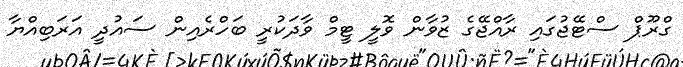
ގްރޫޕް ސްޓޭޖުގައި ރާއްޖޭގެ ޒުވާން ވޮލީ ޓީމް ވާދަކުރީ ބަހްރެއިން ސައުދީ އަރަބިއްޔާ